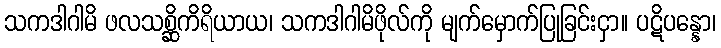
သကဒါဂါမိ ဖလသစ္ဆိကိရိယာယ၊ သကဒါဂါမိဖိုလ်ကို မျက်မှောက်ပြုခြင်းငှာ။ ပဋိပန္နော၊